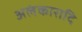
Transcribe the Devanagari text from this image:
अलंकारादि